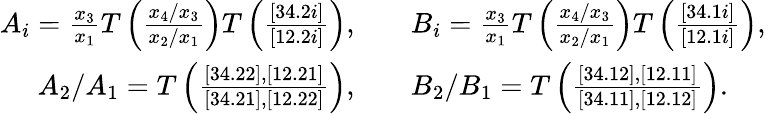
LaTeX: \begin{array}{rl}{A_{i}=\frac{x_{3}}{x_{1}}T\left(\frac{x_{4}/x_{3}}{x_{2}/x_{1}}\right)T\left(\frac{[34.2i]}{[12.2i]}\right),}&{\quad B_{i}=\frac{x_{3}}{x_{1}}T\left(\frac{x_{4}/x_{3}}{x_{2}/x_{1}}\right)T\left(\frac{[34.1i]}{[12.1i]}\right),}\\ {A_{2}/A_{1}=T\left(\frac{[34.22],[12.21]}{[34.21],[12.22]}\right),}&{\quad B_{2}/B_{1}=T\left(\frac{[34.12],[12.11]}{[34.11],[12.12]}\right).}\end{array}